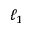
\ell _ { 1 }